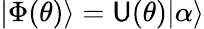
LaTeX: |\Phi(\theta)\rangle=\mathsf{U}(\theta)|\alpha\rangle